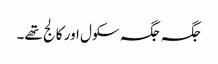
جگہ جگہ سکول اور کالج تھے۔